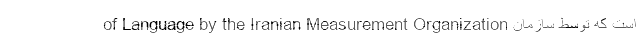
of Language by the Iranian Measurement Organization است که توسط سازمان